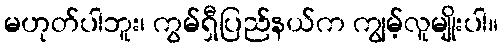
မဟုတ်ပါဘူး၊ ကွမ်ရှီပြည်နယ်က ကျွမ့်လူမျိုးပါ။